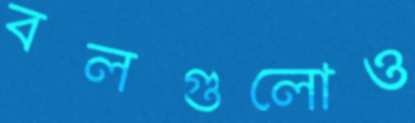
বলগুলোও